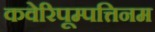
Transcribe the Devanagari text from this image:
कवेरिपूम्पत्तिनम